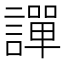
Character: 譂